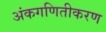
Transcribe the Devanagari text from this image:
अंकगणितीकरण